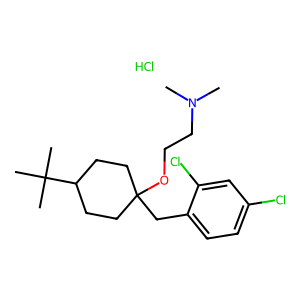
SMILES: CN(C)CCOC1(Cc2ccc(Cl)cc2Cl)CCC(C(C)(C)C)CC1.Cl
Inhibits HIV replication: No